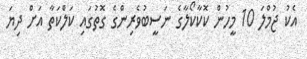
އެކު ޖުމްލަ 10 މީހުން ކޮކާކޯލާގެ ނަސީބުވެރިންގެ ގޮތުގައި ކަލްކަތާ އަށް ދިޔަ